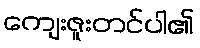
ကျေးဇူးတင်ပါ၏